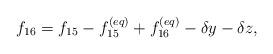
LaTeX: \begin{align*}{f_{16}} = {f_{15}} - f_{15}^{\left( {eq} \right)} + f_{16}^{\left( {eq} \right)} - \delta y - \delta z,\end{align*}